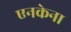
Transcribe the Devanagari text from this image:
एनकेना